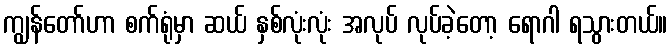
ကျွန်တော်ဟာ စက်ရုံမှာ ဆယ် နှစ်လုံးလုံး အလုပ် လုပ်ခဲ့တော့ ရောဂါ ရသွားတယ်။